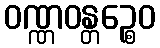
ဝဏ္ဏဝန္တဉ္စေဝ